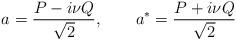
LaTeX: \begin{align*}a=\frac{P-i\nu Q}{\sqrt{2}},~~~~~~a^*=\frac{P+i\nu Q}{\sqrt{2}}\end{align*}